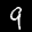
Label: 9